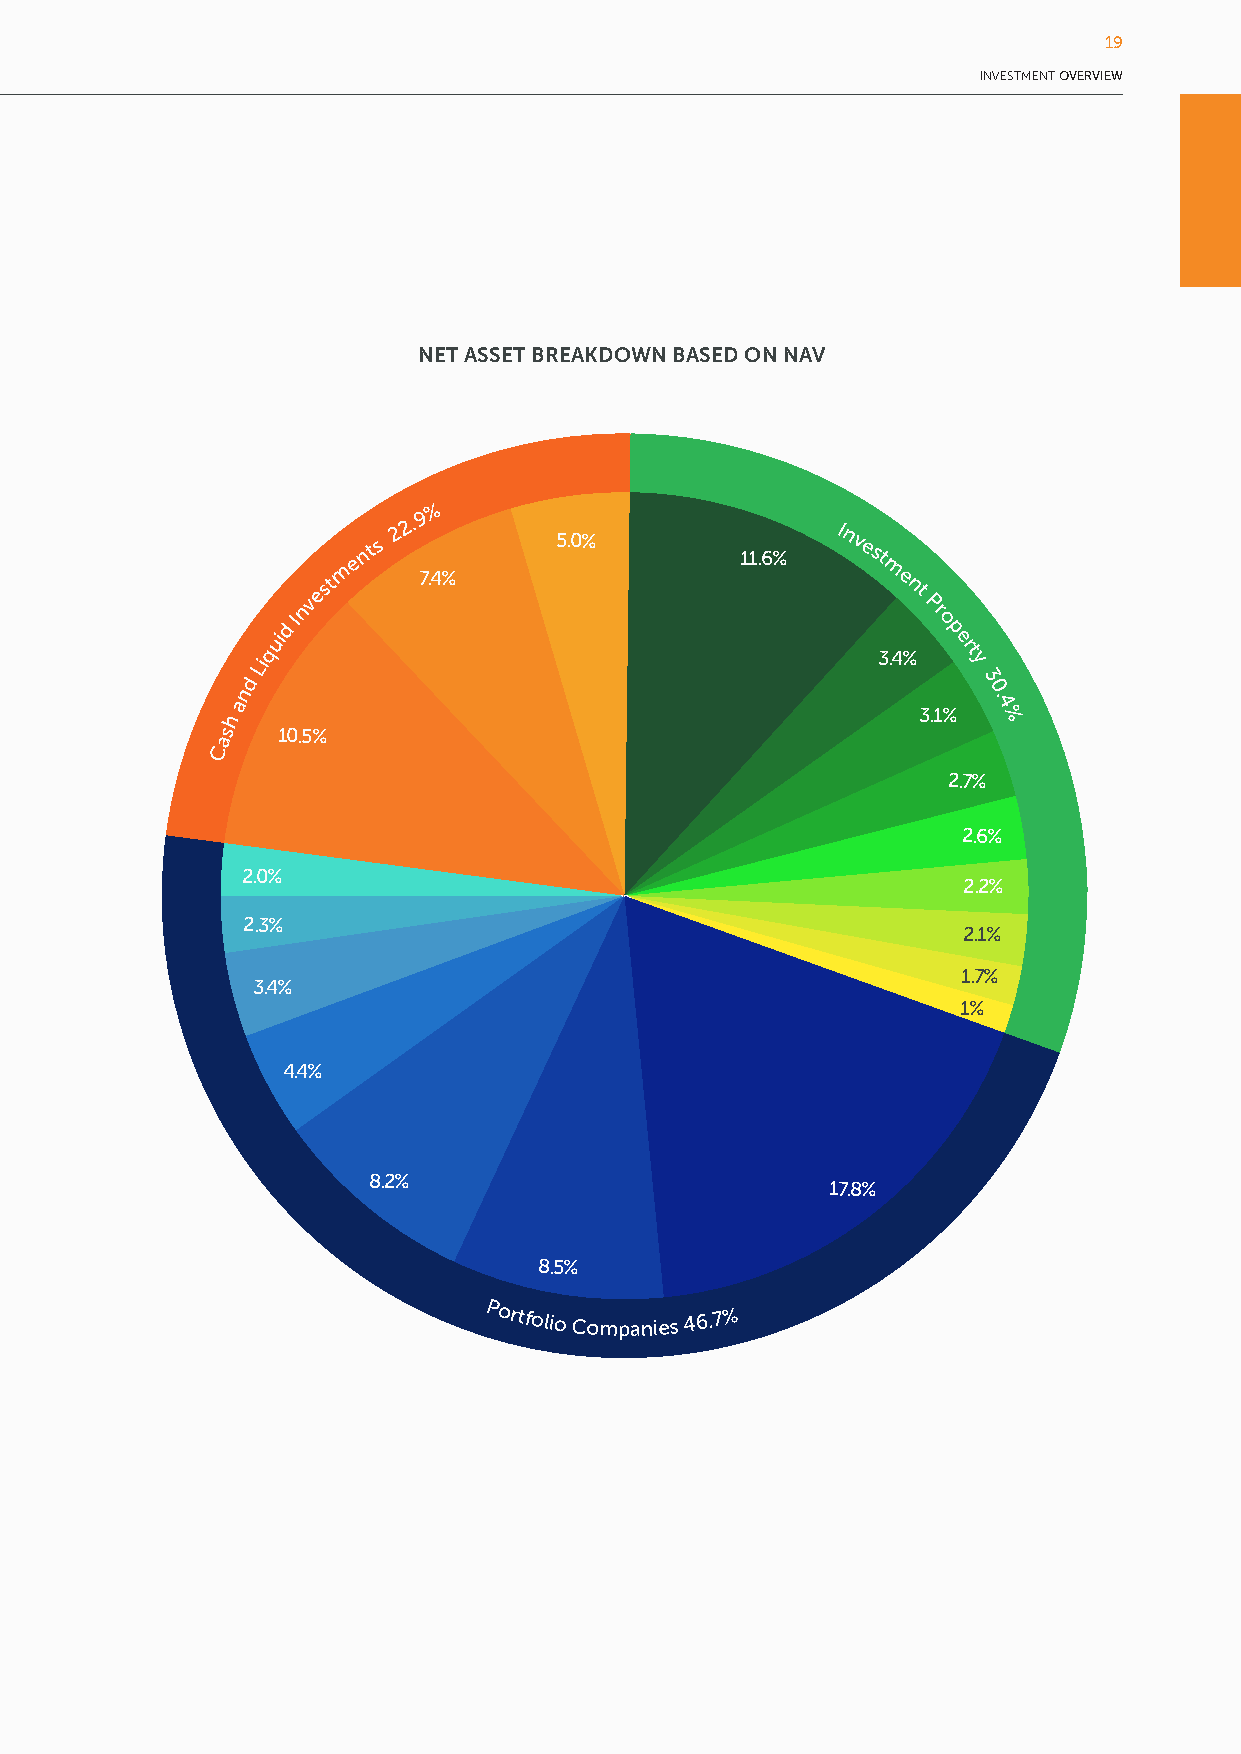
19
 INVESTMENT OVERVIEW
 24
 Tadvest’s Net Asset Value of USD 60.2 million is made up of a group of diverse yet focused portfolio companies
 (47%), high quality investment property (30%) and cash and liquid investments (23%). The overall portfolio
 is continually analysed and refined to ensure that each investment meets the investment criteria and has a clear
 NET ASSET BREAKDOWN BASED ON NAV
 path to growth.
 %
 ents 2
 2.9
 5.0%
 11.6%
 I nv est
 nvestm  7.4%                          m e
 nt
 Pr
 d
 Liquid I
 3.4%
 o p
 e
 rt
 y
 3
 n                                                0.
 h a                                           3.1% 4 %
 as  10.5%
 C
 2.7%
 2.6%
 2.0%
 2.2%
 2.3%
 2.1%
 1.7%
 3.4%
 1%
 4.4%
 8.2%
 17.8%
 8.5%
 Portfolio
 Companies
 46.7%